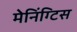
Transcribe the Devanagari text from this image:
मेनिंग्टिस